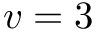
v = 3